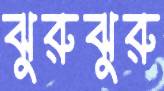
ঝুরুঝুরু